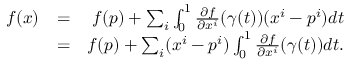
\begin{array} { r l r } { f ( x ) } & { = } & { f ( p ) + \sum _ { i } \int _ { 0 } ^ { 1 } \frac { \partial f } { \partial x ^ { i } } ( \gamma ( t ) ) ( x ^ { i } - p ^ { i } ) d t } \\ & { = } & { f ( p ) + \sum _ { i } ( x ^ { i } - p ^ { i } ) \int _ { 0 } ^ { 1 } \frac { \partial f } { \partial x ^ { i } } ( \gamma ( t ) ) d t . } \end{array}